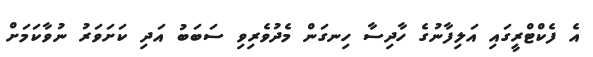
އެ ފެކްޓްރީގައި އަލިފާނުގެ ހާދިސާ ހިނގަން މެދުވެރިވި ސަބަބު އަދި ކަށަވަރު ނުވާކަމަށް